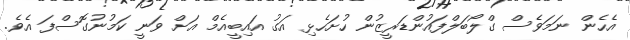
އެހެން ނަމަވެސް ގްލޯބަލްފައުންޑަރީޒުން ހުށަހެޅި އަގު އައިބީއެމް އަށް ވަނީ ކަމުނުގޮސްފަ އެވެ.